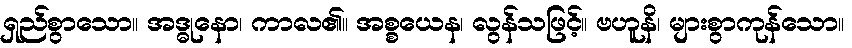
ရှည်စွာသော။ အဒ္ဓုနော၊ ကာလ၏။ အစ္စယေန၊ လွန်သဖြင့်။ ဗဟူနိ၊ များစွာကုန်သော။